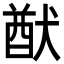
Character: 猷